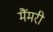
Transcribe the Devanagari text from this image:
मैंमरी